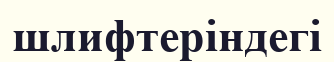
шлифтеріндегі